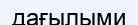
дағылыми